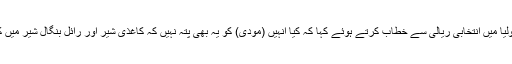
انہوں نے ضلع پرولیا میں انتخابی ریالی سے خطاب کرتے ہوئے کہا کہ کیا انہیں (مودی) کو یہ بھی پتہ نہیں کہ کاغذی شیر اور رائل بنگال شیر میں کافی فرق ہوتا ہے۔